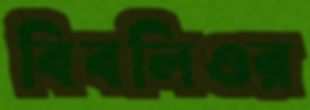
বিবলিওর